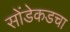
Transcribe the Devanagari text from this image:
सोंडेकडचा